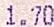
1.70